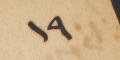
١٩